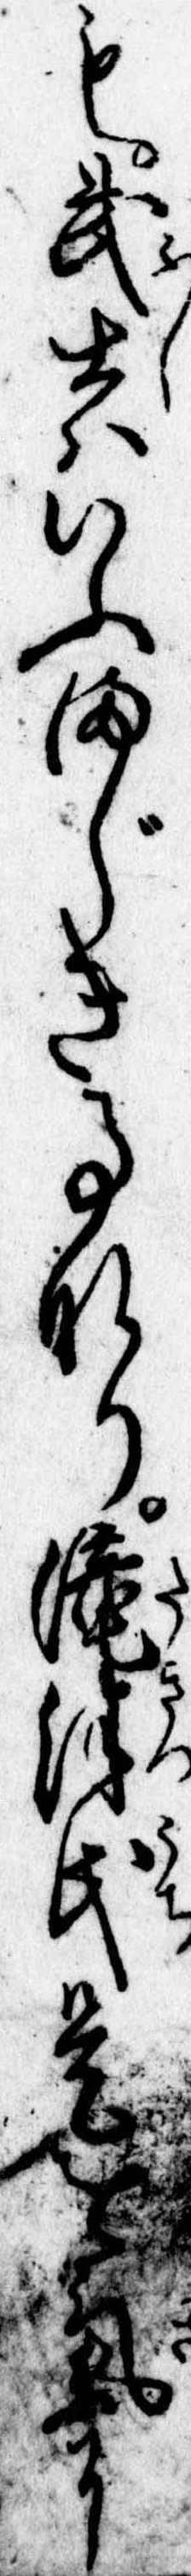
も武士はいふまじき事なり滝津氏是を気に